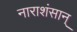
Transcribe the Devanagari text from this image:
नाराशंसान्